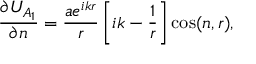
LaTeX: { \frac { \partial U _ { A _ { 1 } } } { \partial n } } = { \frac { a e ^ { i k r } } { r } } \left[ i k - { \frac { 1 } { r } } \right] \cos ( n , r ) ,